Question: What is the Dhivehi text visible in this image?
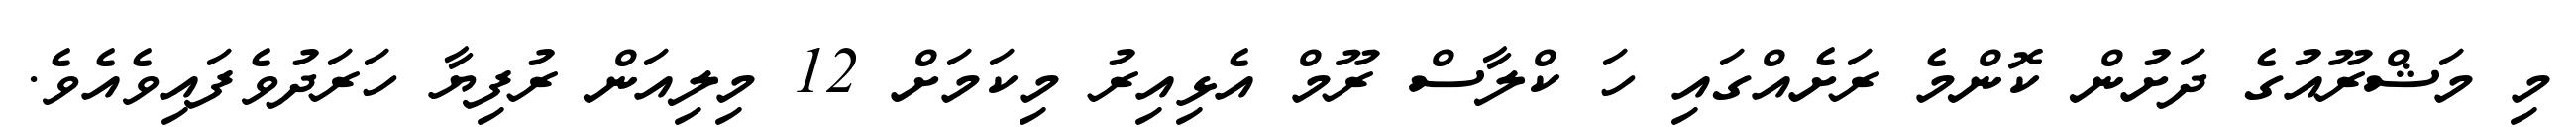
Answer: މި މަޝްރޫއުގެ ދަށުން ކޮންމެ ރަށެއްގައި ހަ ކްލާސް ރޫމް އެޅިއިރު މިކަމަށް 12 މިލިއަން ރުފިޔާ ހަރަދުވެފައިވެއެވެ.